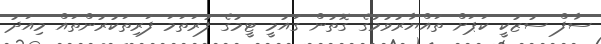
ސާފް ސުޒުކީ ކަޕަށް ތައްޔާރުވުމުގެ ގޮތުން ގައުމީ ޓީމުގެ ފުރަތަމަ ފަރިތަކުރުންތައް މިއަދު